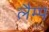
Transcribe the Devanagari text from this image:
लैम्‍प